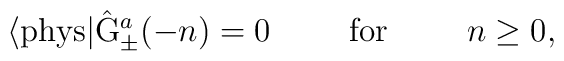
\langle {\rm phys}| \hat{\rm G}_{\pm}^a(-n) =0\hspace{1 cm} {\rm for} \hspace{1 cm} n \geq 0,